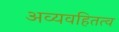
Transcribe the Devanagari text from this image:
अव्यवहितत्व